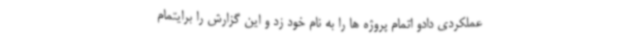
عملکردی دادو اتمام پروژه ها را به نام خود زد و این گزارش را برایتمام